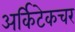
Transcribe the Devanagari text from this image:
अर्किटेकचर